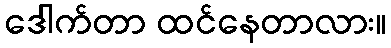
ဒေါက်တာ ထင်နေတာလား။